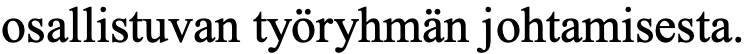
osallistuvan työryhmän johtamisesta.